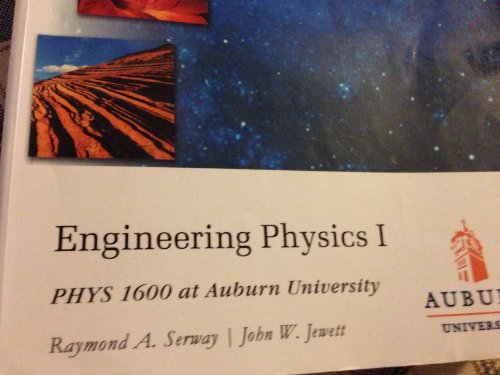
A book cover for Engineering Physics I Phys 1600 At Auburn Universi; Raymond A. Serway; Science & Math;